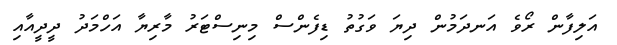
އަލިފާން ރޯވެ އަނދަމުން ދިޔަ ވަގުތު ޑިފެންސް މިނިސްޓަރު މާރިޔާ އަހްމަދު ދީދީއާއި